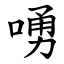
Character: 㗈